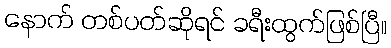
နောက် တစ်ပတ်ဆိုရင် ခရီးထွက်ဖြစ်ပြီ။